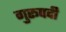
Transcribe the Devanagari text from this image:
गुरूपदी